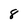
Character: 8